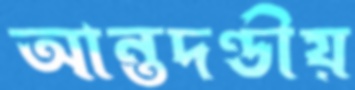
আন্তদণ্ডীয়